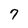
Character: 7